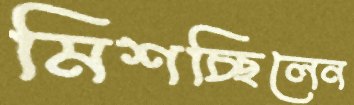
মিশচ্ছিলেন